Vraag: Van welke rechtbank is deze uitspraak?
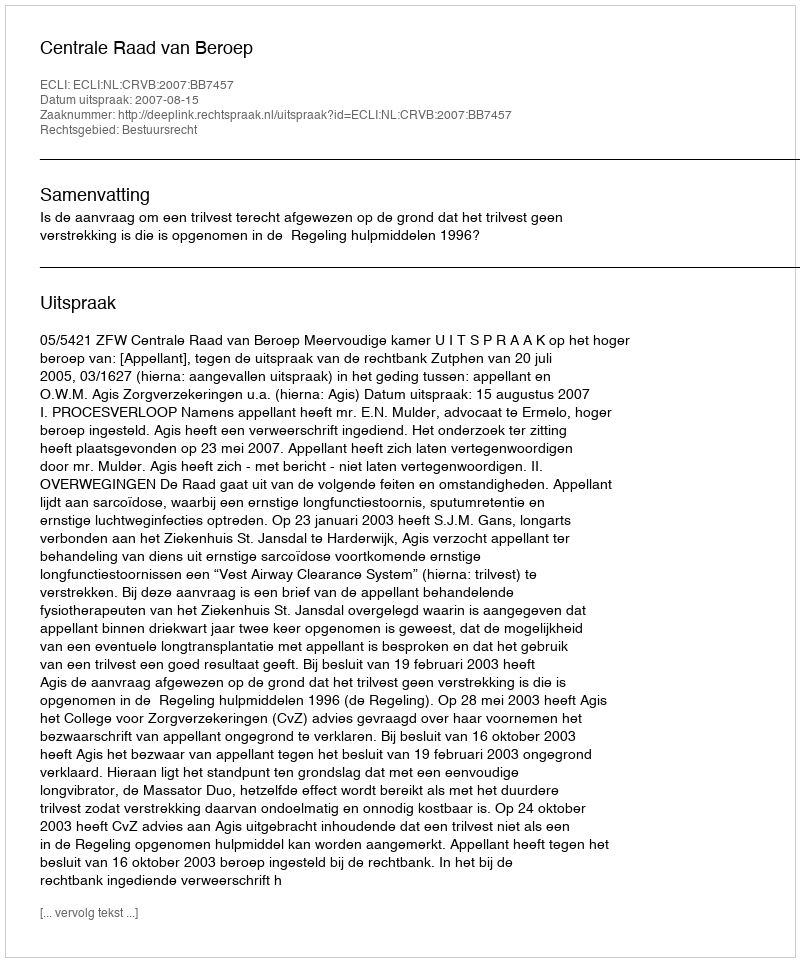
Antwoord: Centrale Raad van Beroep